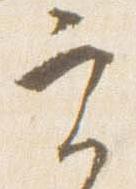
実